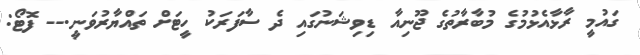
ގައުމީ ރާޅާއެޅުމުގެ މުބާރާތުގެ ޖޫނިއާ ޑިވިޝަނުގައި ދެ ސާފަރަކު ހީޓަށް ތައްޔާރުވަނީ.-- ފޮޓޯ: